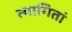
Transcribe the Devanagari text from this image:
त्यागितां